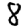
Digit: 8